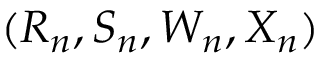
( R _ { n } , S _ { n } , W _ { n } , X _ { n } )